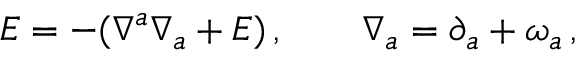
E = - ( \nabla ^ { a } \nabla _ { a } + E ) \, , \qquad \nabla _ { a } = \partial _ { a } + \omega _ { a } \, ,